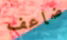
ضاعف